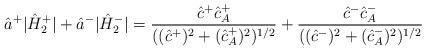
LaTeX: \begin{align*}\hat a^+\vert \hat{H}_2^+\vert+\hat a^-\vert\hat{H}_2^-\vert=\frac{\hat c^+\hat c^+_A}{((\hat c^+)^2+(\hat c^+_A)^2)^{1/2}}+\frac{\hat c^-\hat c^-_A}{((\hat c^-)^2+(\hat c^-_A)^2)^{1/2}}\end{align*}